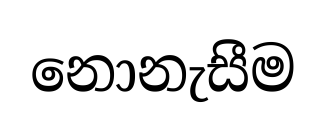
නොනැසීම